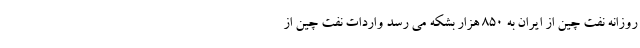
روزانه نفت چین از ایران به 850 هزار بشکه می رسد واردات نفت چین از